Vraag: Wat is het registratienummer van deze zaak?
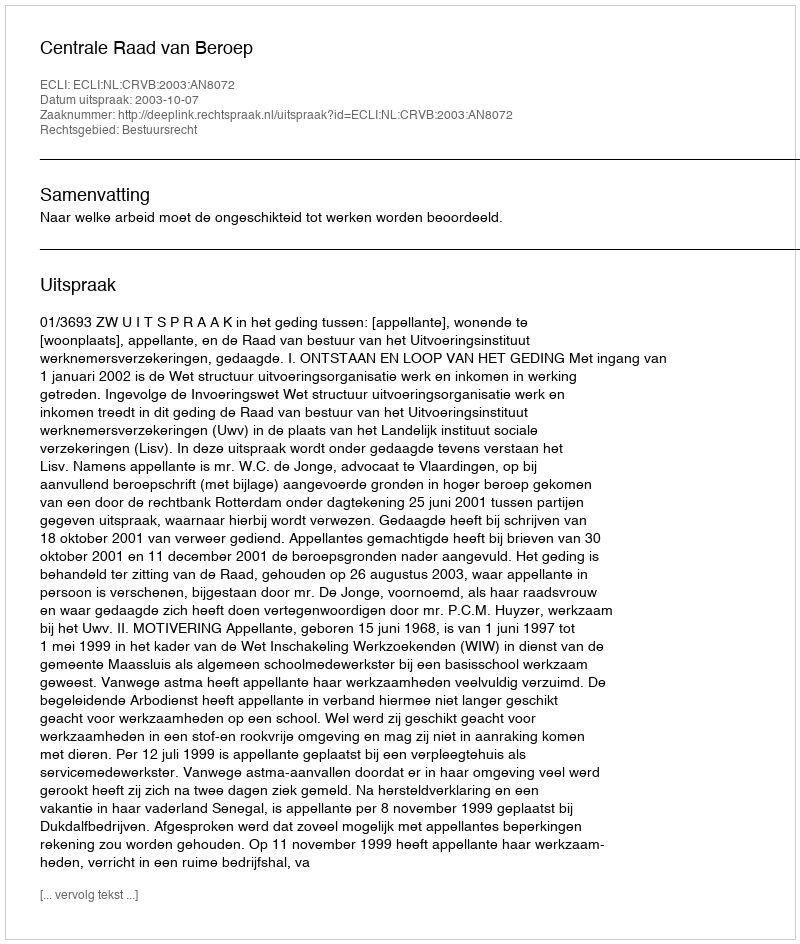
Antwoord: http://deeplink.rechtspraak.nl/uitspraak?id=ECLI:NL:CRVB:2003:AN8072